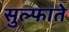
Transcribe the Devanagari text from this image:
सुल्फाते